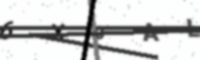
Text: 6X0AL